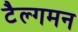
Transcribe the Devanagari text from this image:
टैल्गमन